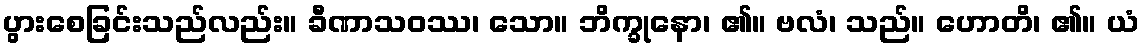
ပွားစေခြင်းသည်လည်း။ ခီဏာသဝဿ၊ သော။ ဘိက္ခုနော၊ ၏။ ဗလံ၊ သည်။ ဟောတိ၊ ၏။ ယံ